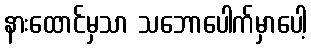
နားထောင်မှသာ သဘောပေါက်မှာပေါ့